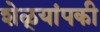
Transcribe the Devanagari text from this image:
शेळ्यांपकी